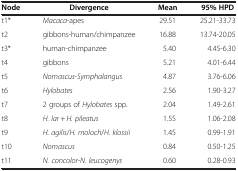
| Node | Divergence | Mean | 95% HPD |
 | --- | --- | --- | --- |
 | t1* | Macaca-apes | 29.51 | 25.21-33.73 |
 | t2 | gibbons-human/chimpanzee | 16.88 | 13.74-20.05 |
 | t3* | human-chimpanzee | 5.40 | 4.45-6.30 |
 | t4 | gibbons | 5.21 | 4.01-6.44 |
 | t5 | Nomascus- Symphalangus | 4.87 | 3.76-6.06 |
 | t6 | Hylobates | 2.56 | 1.90-3.27 |
 | t7 | 2 groups of Hylobates spp. | 2.04 | 1.49-2.61 |
 | t8 | H. lar +H. pileatus | 1.55 | 1.06-2.08 |
 | t9 | H. agilis/ H. moloch/ H. klossii | 1.45 | 0.99-1.91 |
 | t10 | Nomascus | 0.84 | 0.50-1.25 |
 | t11 | N. concolor- N. leucogenys | 0.60 | 0.28-0.93 |